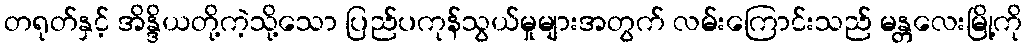
တရုတ်နှင့် အိန္ဒိယတို့ကဲ့သို့သော ပြည်ပကုန်သွယ်မှုများအတွက် လမ်းကြောင်းသည် မန္တလေးမြို့ကို